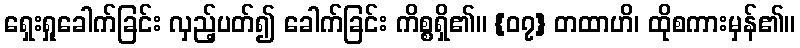
ရှေးရှုခေါက်ခြင်း လှည့်ပတ်၍ ခေါက်ခြင်း ကိစ္စရှိ၏။ {၀၇} တထာဟိ၊ ထိုစကားမှန်၏။